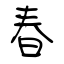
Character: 春